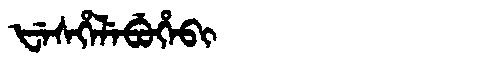
Manchu: ᡶᡝᠰᡥᡝᠯᡝᠪᡠᡥᡝᠪᡳ
Romanization: FESHELEBUHEBI